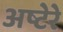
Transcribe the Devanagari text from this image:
अष्टेरे